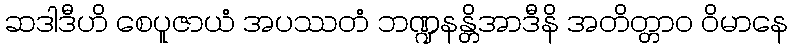
ဆဒါဒီဟိ စေပူဇာယံ အပဿတံ ဘဏ္ဍနန္တိအာဒီနိ အတိတ္တာဝ ဝိမာနေ